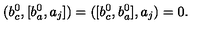
( b _ { c } ^ { 0 } , [ b _ { a } ^ { 0 } , a _ { j } ] ) = ( [ b _ { c } ^ { 0 } , b _ { a } ^ { 0 } ] , a _ { j } ) = 0 .